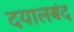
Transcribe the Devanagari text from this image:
दयालबंद